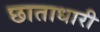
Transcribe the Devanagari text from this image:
छाताधारी